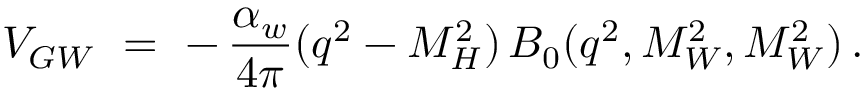
{ \cal V } _ { G W } \ = \ - \, \frac { \alpha _ { w } } { 4 \pi } ( q ^ { 2 } - M _ { H } ^ { 2 } ) \, B _ { 0 } ( q ^ { 2 } , M _ { W } ^ { 2 } , M _ { W } ^ { 2 } ) \, .